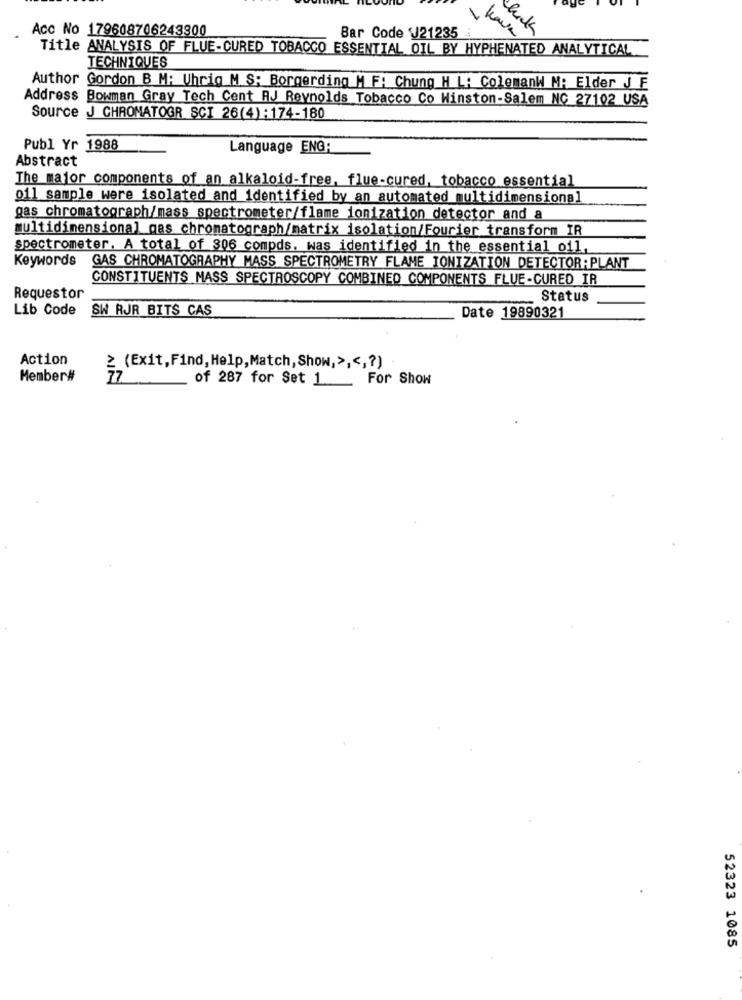
Acc No 179608706243800
click
Bar Code J21235
have
Title ANALYSIS OF FLUE-CURED TOBACCO ESSENTIAL OIL BY HYPHENATED ANALYTICAL
TECHNIQUES
Author Gordon B M: Uhrig M S: Borgerding M F: Chung H L: ColemanW M: Elder J F
Address Bowman Gray Tech Cent RJ Reynolds Tobacco Co Winston-Salem NC_27102 USA
Source J CHROMATOGR SCI 26(4):174-180
Publ Yr 1988
Language ENGR
Abstract
The major components of an alkaloid-free, flue-cured, tobacco essential
oil sample were isolated and identified by an automated multidimensional
gas chromatograph/mass spectrometer/flame ionization detector and a
multidimensional gas chromatograph/matrix isolation/Fourier transform IR
spectrometer. A total of 306 compds, was identified in the essential oil,
Keywords
GAS CHROMATOGRAPHY MASS SPECTROMETRY FLAME IONIZATION DETECTOR:PLANT
CONSTITUENTS MASS SPECTROSCOPY COMBINED COMPONENTS FLUE-CURED IR
Requestor
Status
Lib Code
SW RJR BITS CAS
Date 19890321
Action
≥ (Exit, Find, Help, Match, Show, > ,<,? )
Member#
77
of 287 for Set 1 For Show
52323 1085